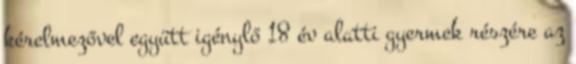
kérelmezővel együtt igénylő 18 év alatti gyermek részére az